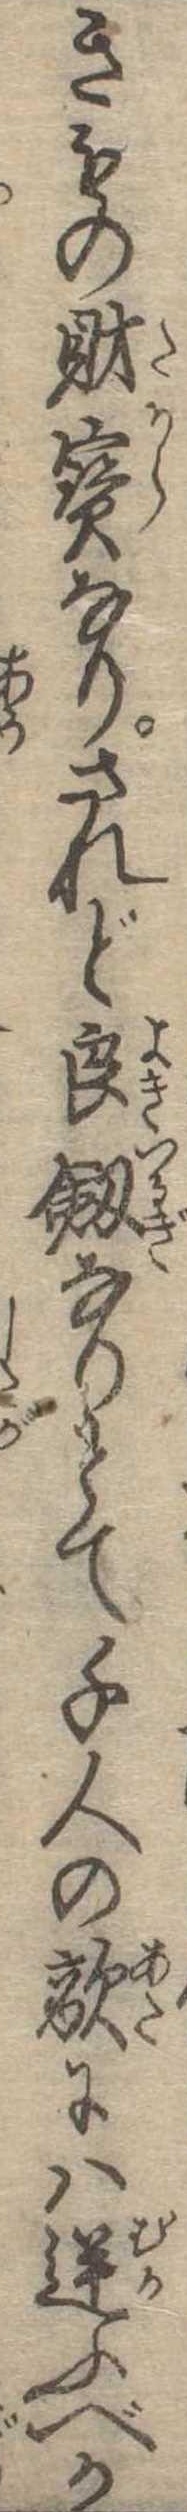
きもの財宝なりされど良剣なりとて千人の敵には逆ふべか